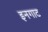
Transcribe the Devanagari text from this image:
इनगाट